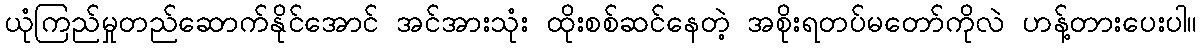
ယုံကြည်မှုတည်ဆောက်နိုင်အောင် အင်အားသုံး ထိုးစစ်ဆင်နေတဲ့ အစိုးရတပ်မတော်ကိုလဲ ဟန့်တားပေးပါ။